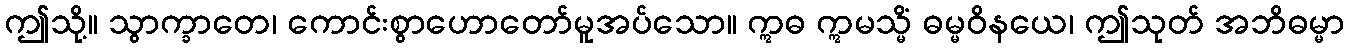
ဤသို့။ သွာက္ခာတေ၊ ကောင်းစွာဟောတော်မူအပ်သော။ ဣဓ ဣမသ္မိံ ဓမ္မဝိနယေ၊ ဤသုတ် အဘိဓမ္မာ